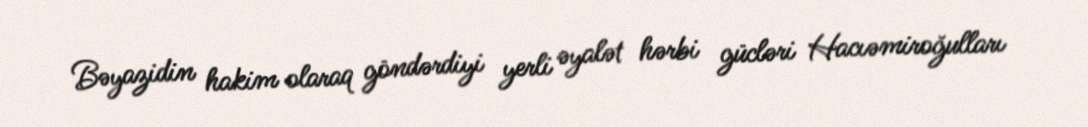
Bəyazidin hakim olaraq göndərdiyi yerli əyalət hərbi gücləri Hacıəmiroğulları